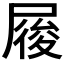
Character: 𡲲